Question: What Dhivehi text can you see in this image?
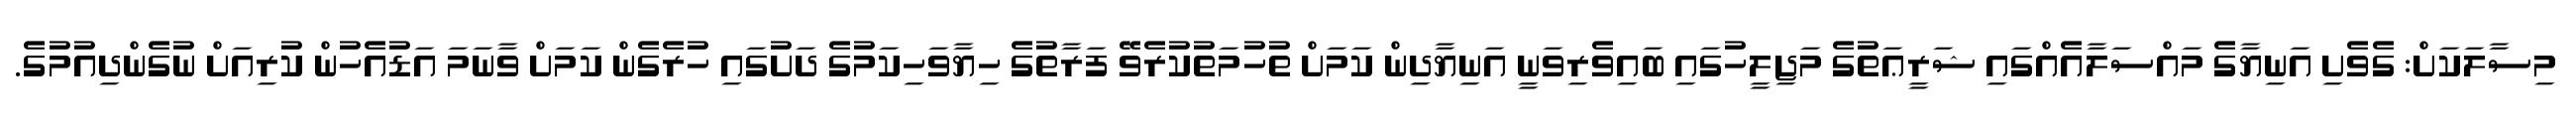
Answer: މިސާލަކަށް: ގެވެށި އަނިޔާގެ މައްސަލާއެއްގައި ޝަރީޢަތުގެ މަޖިލީހުގައި ބައިވެރިވަނީ އަނިޔާދިން ކަމަށް ތުހުމަތުކުރެވޭ ފަރާތުގެ ހިޔާވަހިކަމުގެ ދަށުގައި ހުރެގެން ކަމަށް ވާނަމަ އަޑުއެހުން ކުރިއަށް ނުގެންދިއުމުގެ.